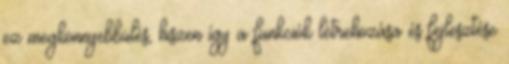
ez megkönnyebbülés, hiszen így a funkciók létrehozása és fejlesztése